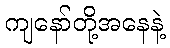
ကျနော်တို့အနေနဲ့